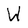
Character: W